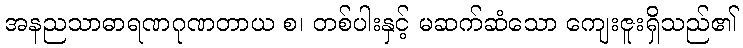
အနညသာဓာရဏဂုဏတာယ စ၊ တစ်ပါးနှင့် မဆက်ဆံသော ကျေးဇူးရှိသည်၏